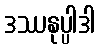
ဒဿနုပ္ပါဒါ